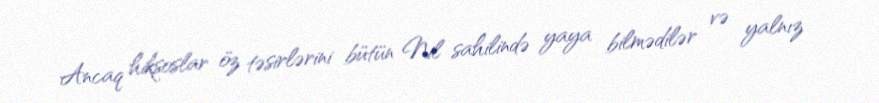
Ancaq hiksoslar öz təsirlərini bütün Nil sahilində yaya bilmədilər və yalnız